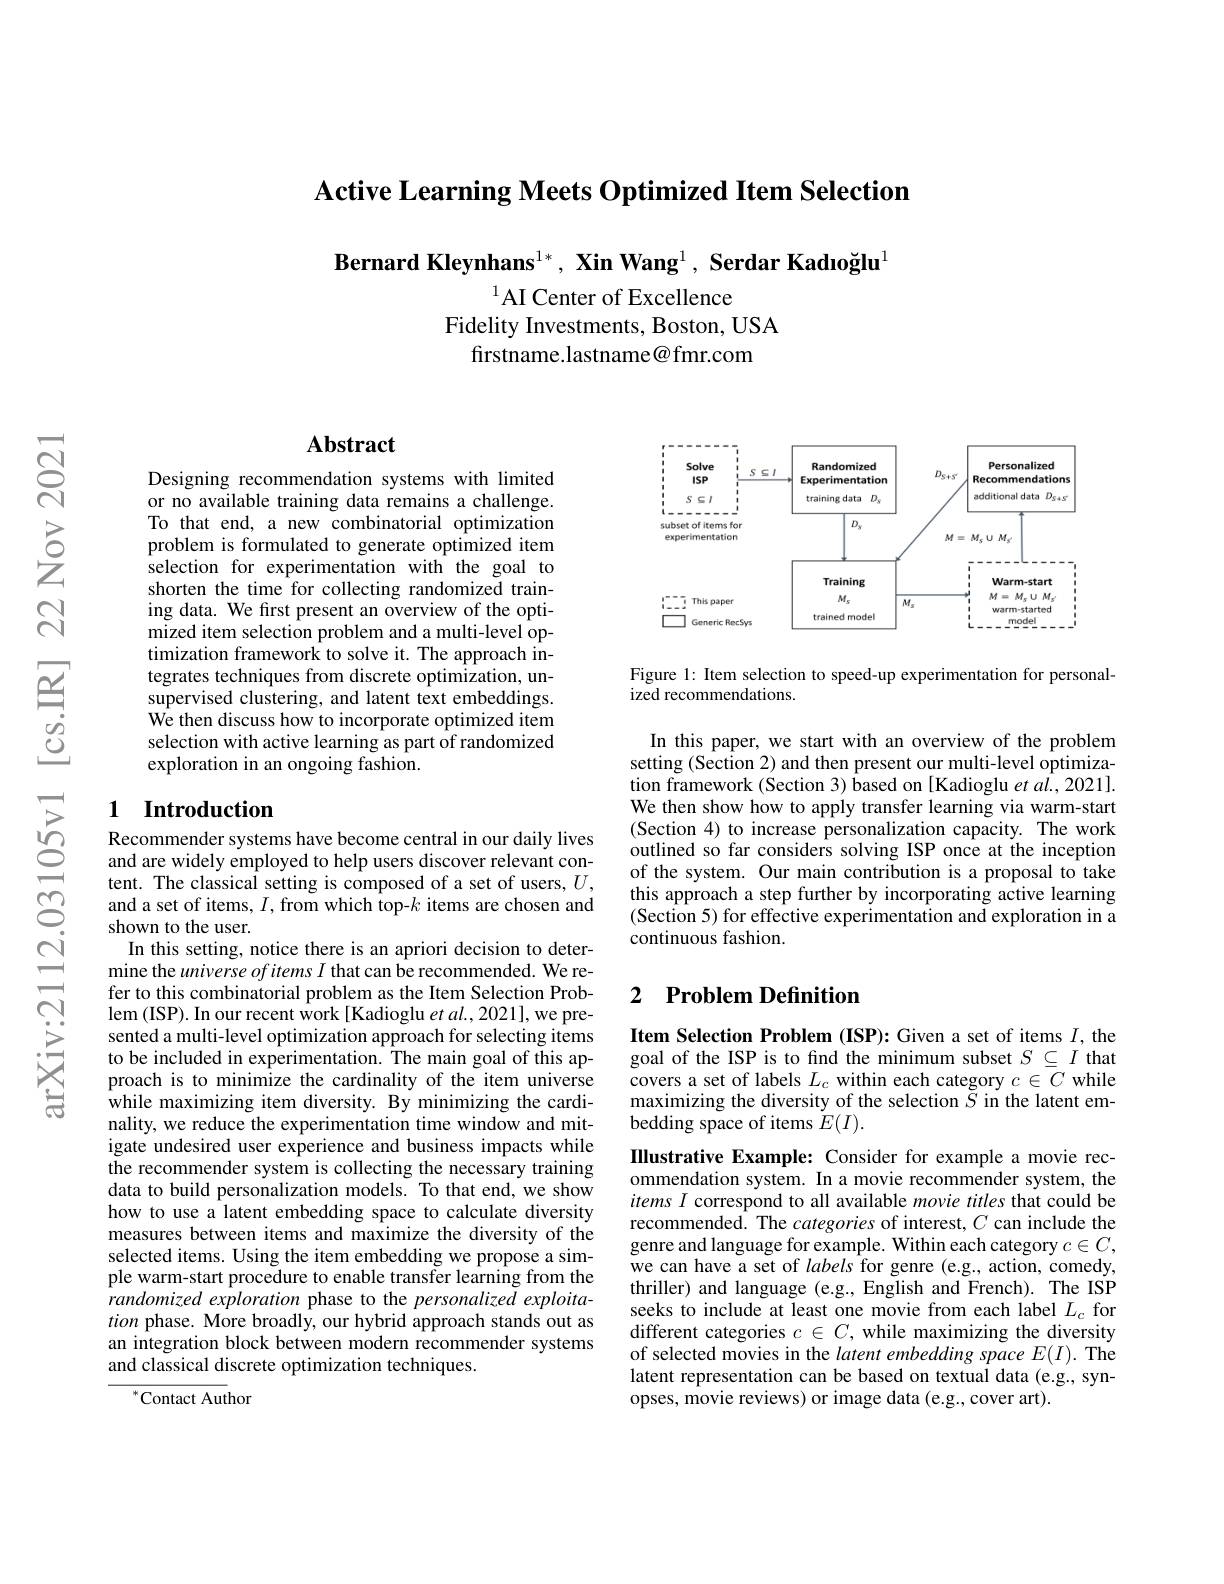
$\textbf{Active Learning Meets Optimized Item Selection}$

Bernard Kleynhans$^{1* }, \textbf{XinWang}^{1}, \textbf{Serdar Kadı o\u{g} lu}$

$^{1}$AI Center of Excellence
Fidelity Investments, Boston, USA
firstname.lastname@fmr.com

## Abstract

Designing recommendation systems with limited or no available training data remains a challenge. To that end, a new combinatorial optimization problem is formulated to generate optimized item selection for experimentation with the goal to shorten the time for collecting randomized training data. We frst present an overview of the opti- $\tilde{\text{mized item selection problem and a multi-level op-}}$ timization framework to solve it. The approach integrates techniques from discrete optimization, unsupervised clustering, and latent text embeddings. $\hat{\text{We then discuss how to incorporate optimized item}}$ selection with active learning as part of randomized exploration in an ongoing fashion.

## 1 Introduction

Recommender systems have become central in our daily lives and are widely employed to help users discover relevant content. The classical setting is composed of a set of users, $U$, and a set of items, $I$, from which top-$k$ items are chosen and shown to the user.
In this setting, notice there is an apriori decision to determine the universe of items $I$ that can be recommended. We refer to this combinatorial problem as the Item Selection Problem (ISP). In our recent work [Kadioglu $etal.,2021]$,we presented a multi-level optimization approach for selecting items to be included in experimentation. The main goal of this approach is to minimize the cardinality of the item universe while maximizing item diversity. By minimizing the cardinality, we reduce the experimentation time window and mitigate undesired user experience and business impacts while the recommender system is collecting the necessary training data to build personalization models. To that end, we show how to use a latent embedding space to calculate diversity measures between items and maximize the diversity of the selected items. Using the item embedding we propose a simple warm-start procedure to enable transfer learning from the randomized exploration phase to the personalized exploitation phase. More broadly, our hybrid approach stands out as an integration block between modern recommender systems and classical discrete optimization techniques.

$^{*}$Contact Author

<FigureHere>

Figure 1: Item selection to speed-up experimentation for personal-
ized recommendations.

In this paper, we start with an overview of the problem setting (Section 2) and then present our multi-level optimization framework (Section 3) based on [Kadioglu et al., 2021]. We then show how to apply transfer learning via warm-start (Section 4) to increase personalization capacity. The work outlined so far considers solving ISP once at the inception of the system. Our main contribution is a proposal to take this approach a step further by incorporating active learning (Section 5) for effective experimentation and exploration in a continuous fashion.

# 2 Problem Definition

Item Selection Problem (ISP): Given a set of items $I$, the goal of the ISP is to find the minimum subset $S\subseteq I$ that covers a set of labels $L_c$ within each category $c\in C$ while maximizing the diversity of the selection $\tilde{S}$ in the latent embedding space of items $\tilde{E}(I).$

Illustrative Example: Consider for example a movie recommendation system. In a movie recommender system, the items $I$ correspond to all available movie titles that could be recommended. The categories of interest, $C$ can include the genre and language for example. Within each category $c\in C$, we can have a set of labels for genre (e.g., action, comedy, thriller) and language (e.g., English and French). The ISP seeks to include at least one movie from each label $L_c$ for different categories $c\in C$, while maximizing the diversity of selected movies in the latent embedding space $E(I).$ The latent representation can be based on textual data (e.g., synopses, movie reviews) or image data (e.g., cover art).